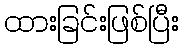
ထားခြင်းဖြစ်ပြီး